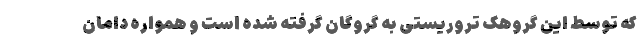
که توسط این گروهک تروریستی به گروگان گرفته شده است و همواره دامان